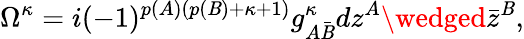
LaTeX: \Omega^{\kappa}=i(-1)^{p(A)(p(\mathit{B})+\kappa+1)}g_{A{\bar{{\mathit{B}}}}}^{\kappa}dz^{A}\wedged{\bar{{z}}}^{\mathit{B}},